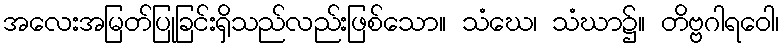
အလေးအမြတ်ပြုခြင်းရှိသည်လည်းဖြစ်သော။ သံဃေ၊ သံဃာ၌။ တိဗ္ဗဂါရဝေါ၊